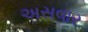
અસવાર